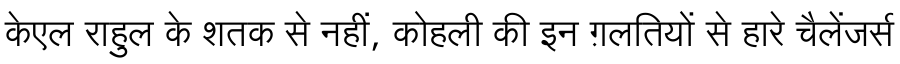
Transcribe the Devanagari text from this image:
केएल राहुल के शतक से नहीं, कोहली की इन ग़लतियों से हारे चैलेंजर्स